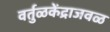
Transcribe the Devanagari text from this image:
वर्तुळकेंद्राजवळ